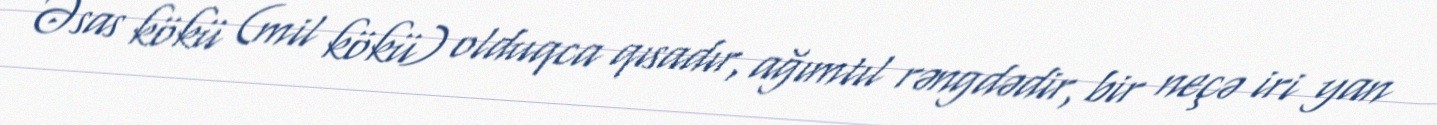
Əsas kökü (mil kökü) olduqca qısadır, ağımtıl rəngdədir, bir neçə iri yan